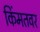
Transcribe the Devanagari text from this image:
किंमतवर